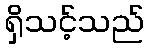
ရှိသင့်သည်